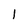
Character: l